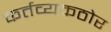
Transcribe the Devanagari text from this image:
कर्तव्यकठोर